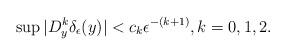
LaTeX: \begin{align*}\sup |D_y^k\delta_{\epsilon}(y)| < c_k \epsilon^{-(k+1)}, k=0,1,2.\end{align*}